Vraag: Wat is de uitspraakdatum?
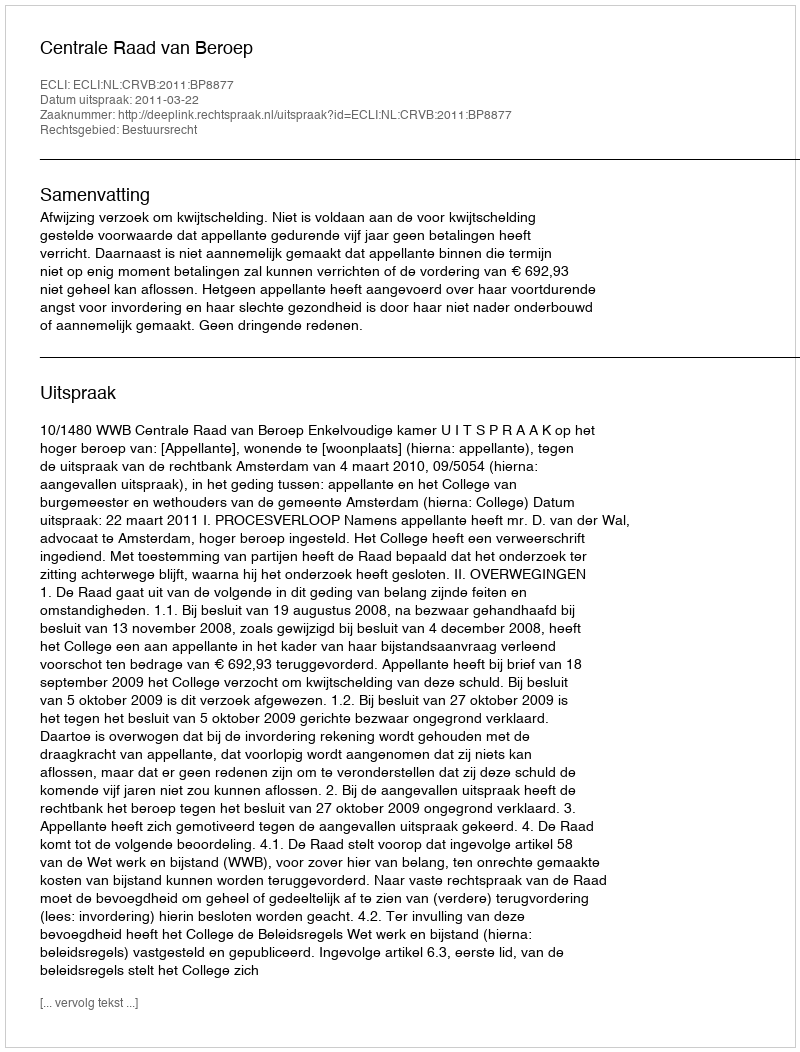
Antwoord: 2011-03-22